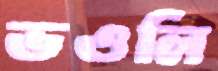
ভওলি